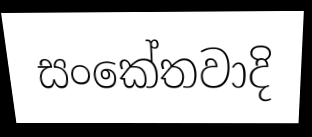
සංකේතවාදි